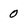
Character: 0